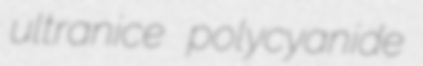
ultranice polycyanide